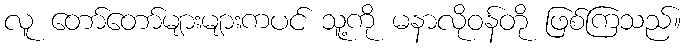
လူ တော်တော်များများကပင် သူ့ကို မနာလိုဝန်တို ဖြစ်ကြသည်။